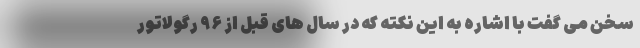
سخن می گفت با اشاره به این نکته که در سال های قبل از ۹۶ رگولاتور